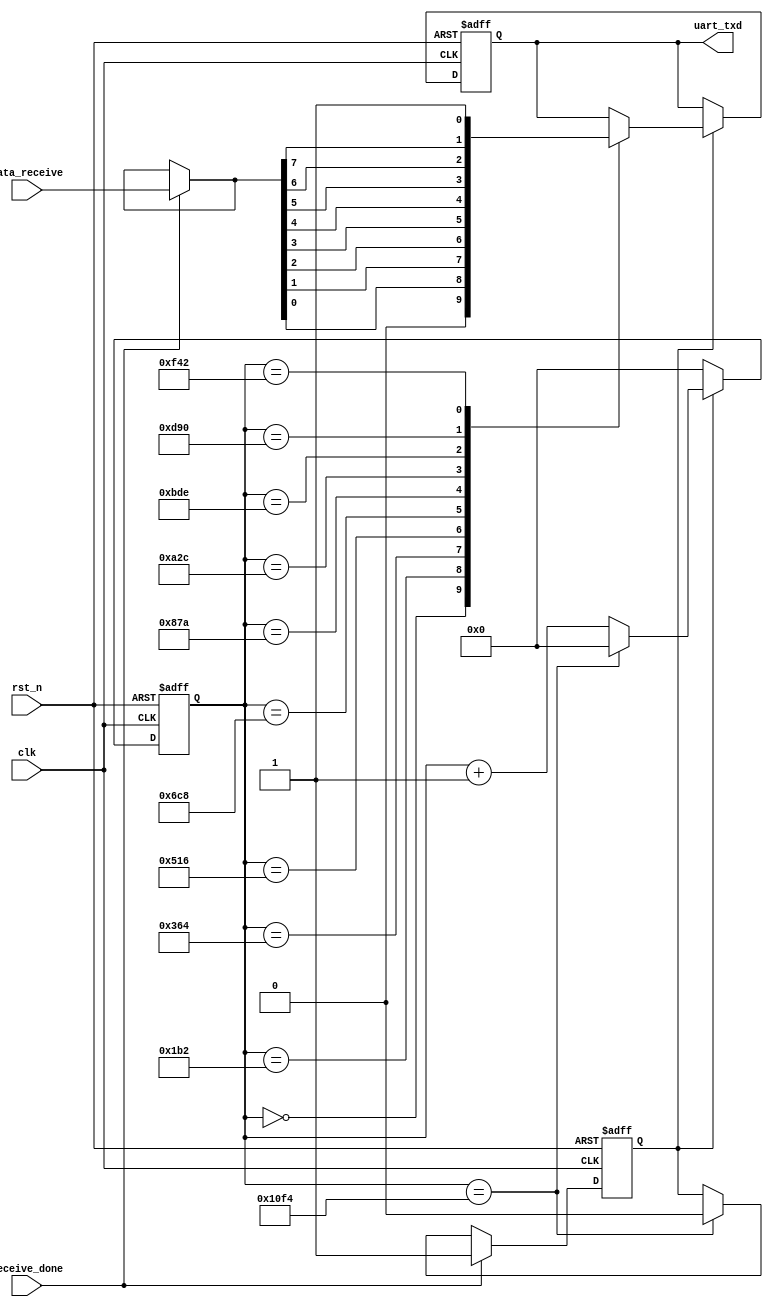
module uart_transmitter(
    input           clk,
    input           rst_n,
    input           receive_done, // 1:receive over
    input [7:0]     data_receive, // transfer received data to parallel data 
    output reg      uart_txd
    );
        
    // the definition of some important periods
    parameter SYS_PERIOD        = 50_000_000;       // my FPGA clock period
    parameter BPS               = 115_200;          // my defined BPS(bit/s)
    parameter HALF_BIT_PERIOD   = SYS_PERIOD/BPS/2; // HALF_BIT_PERIOD = 217 , each half_bit transmit_time_cnt
                                                    // 10bits data needs transmit_time_cnt = 217*20 = 4340 
    
    reg [14:0]   transmit_time_cnt; // counting for receiving data
    reg          transmit_flag;     // transmit_flag = 1 in the period of 10bits transmitting
    wire [7:0]   data_temp;         // save receiving data

    assign data_temp = receive_done ? data_receive : data_temp;  // save data_receive to data_temp when finished receiving

    // transmit_time_cnt start counting when receive_done = 1, sending 10bits data needs 217*20 = 4340 counting
    always @(posedge clk, negedge rst_n) begin
        if (!rst_n ) 
            transmit_time_cnt <= 15'd0;
        else if(transmit_flag)
            transmit_time_cnt <= (transmit_time_cnt == 20*HALF_BIT_PERIOD) ? 15'd0 : transmit_time_cnt + 1'b1; 
        else 
            transmit_time_cnt <= 15'd0;   
    end

    // when uart_rxd's negedge is coming, transmit_time_cnt start counting. transmit_flag = 1 in the period of 10bits transmitting
    always @(posedge clk, negedge rst_n) begin
        if (!rst_n) 
            transmit_flag <= 1'b0;
        else begin
            if (receive_done)
                transmit_flag <= 1'b1;
            else if (transmit_time_cnt == 20*HALF_BIT_PERIOD) 
                transmit_flag <= 1'b0;
            else 
                transmit_flag <= transmit_flag;       
        end
    end

    // transmit data
    always @(posedge clk, negedge rst_n) begin
        if (!rst_n) 
            uart_txd <= 1'b1;
        else if (transmit_flag) begin
            case (transmit_time_cnt) 
                 0*HALF_BIT_PERIOD: 
                    uart_txd <= 0;            // transmitting start bit = 0
                 2*HALF_BIT_PERIOD: 
                    uart_txd <= data_temp[0]; // transmitting 1st data
                 4*HALF_BIT_PERIOD: 
                    uart_txd <= data_temp[1]; // transmitting 2nd data
                 6*HALF_BIT_PERIOD: 
                     uart_txd <= data_temp[2]; // transmitting 3rd data
                 8*HALF_BIT_PERIOD: 
                    uart_txd <= data_temp[3]; // transmitting 4th data
                10*HALF_BIT_PERIOD: 
                    uart_txd <= data_temp[4]; // transmitting 5th data
                12*HALF_BIT_PERIOD: 
                    uart_txd <= data_temp[5]; // transmitting 6th data
                14*HALF_BIT_PERIOD: 
                    uart_txd <= data_temp[6]; // transmitting 7th data
                16*HALF_BIT_PERIOD: 
                    uart_txd <= data_temp[7]; // transmitting 8th data
                18*HALF_BIT_PERIOD: 
                    uart_txd <= 1;            // transmitting stop bit = 1
                default:            
                    uart_txd <= uart_txd;
            endcase
        end
        else 
            uart_txd <= uart_txd;
    end
endmodule